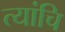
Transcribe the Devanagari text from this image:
त्यांचि